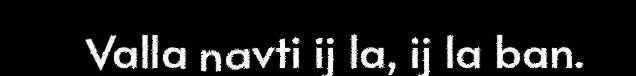
Valla navti ij la, ij la ban.